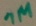
Text: 1M